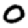
Digit: 0